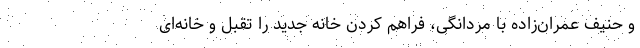
و حنیف عمران‌زاده با مردانگی، فراهم کردن خانه جدید را تقبل و خانه‌ای